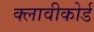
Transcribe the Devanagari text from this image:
क्लावीकोर्ड